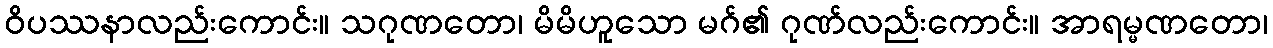
ဝိပဿနာလည်းကောင်း။ သဂုဏတော၊ မိမိဟူသော မဂ်၏ ဂုဏ်လည်းကောင်း။ အာရမ္မဏတော၊